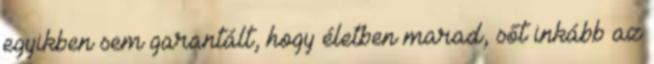
egyikben sem garantált, hogy életben marad, sőt inkább az